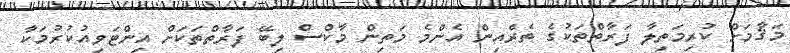
މަޤާމަށް ކުރިމަތިލާ ފަރާތްތަކުގެ ތެރެއިން އެންމެ މަތިން މާކްސް ލިބޭ ފަރާތްތަކަށް އިންޓަވިއުކުރުމަކާ